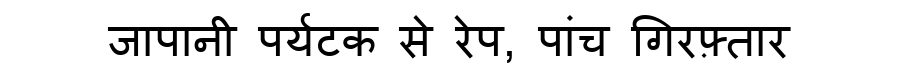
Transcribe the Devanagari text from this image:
जापानी पर्यटक से रेप, पांच गिरफ़्तार